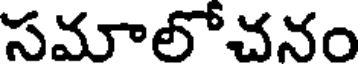
సమాలోచనం